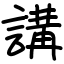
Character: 講